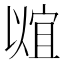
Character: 𬿠